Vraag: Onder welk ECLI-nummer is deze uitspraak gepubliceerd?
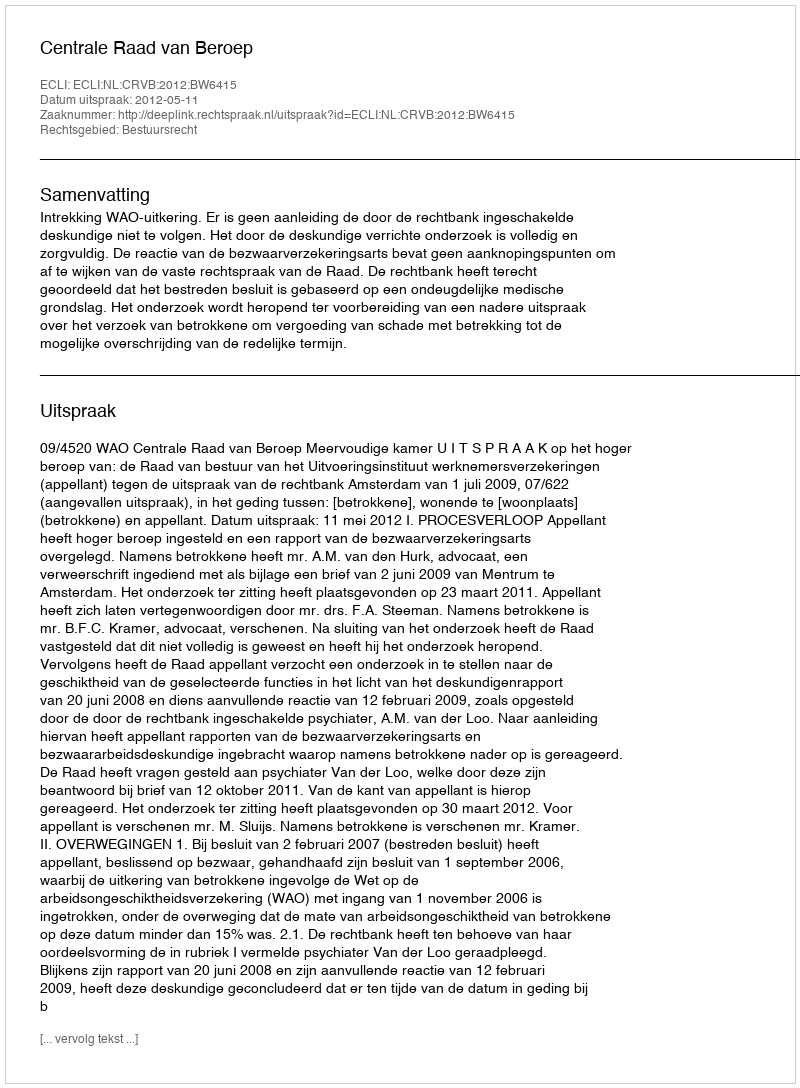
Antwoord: ECLI:NL:CRVB:2012:BW6415